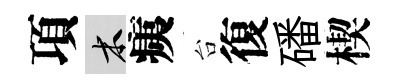
項木痍台復磻楔